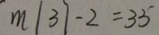
m \vert 3 7 - 2 = 3 5